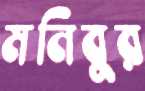
মনিবুর